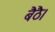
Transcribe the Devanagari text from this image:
बैठै।